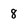
Character: 8